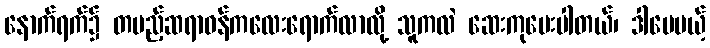
နောက်ရက်၌ တပည့်ဆရာဝန်ကလေးရောက်လာလို့ သူကလဲ ဆေးကုပေးပါတယ်၊ ဒါပေမယ့်